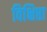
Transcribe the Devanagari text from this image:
विक्षिप्ता